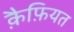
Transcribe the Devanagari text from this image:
क़ैफ़ियत